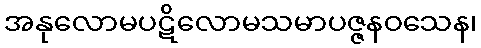
အနုလောမပဋိလောမသမာပဇ္ဇနဝသေန၊